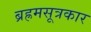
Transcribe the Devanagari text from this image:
ब्रह्रमसूत्रकार